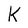
Character: k